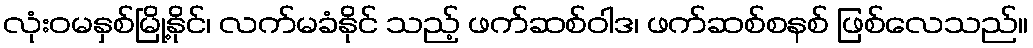
လုံးဝမနှစ်မြို့နိုင်၊ လက်မခံနိုင် သည့် ဖက်ဆစ်ဝါဒ၊ ဖက်ဆစ်စနစ် ဖြစ်လေသည်။